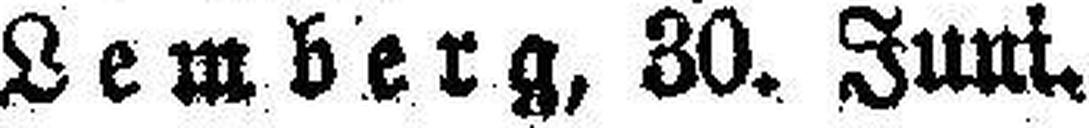
Lemberg, 30. Juni.